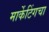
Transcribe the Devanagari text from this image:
मार्केटिंगचा